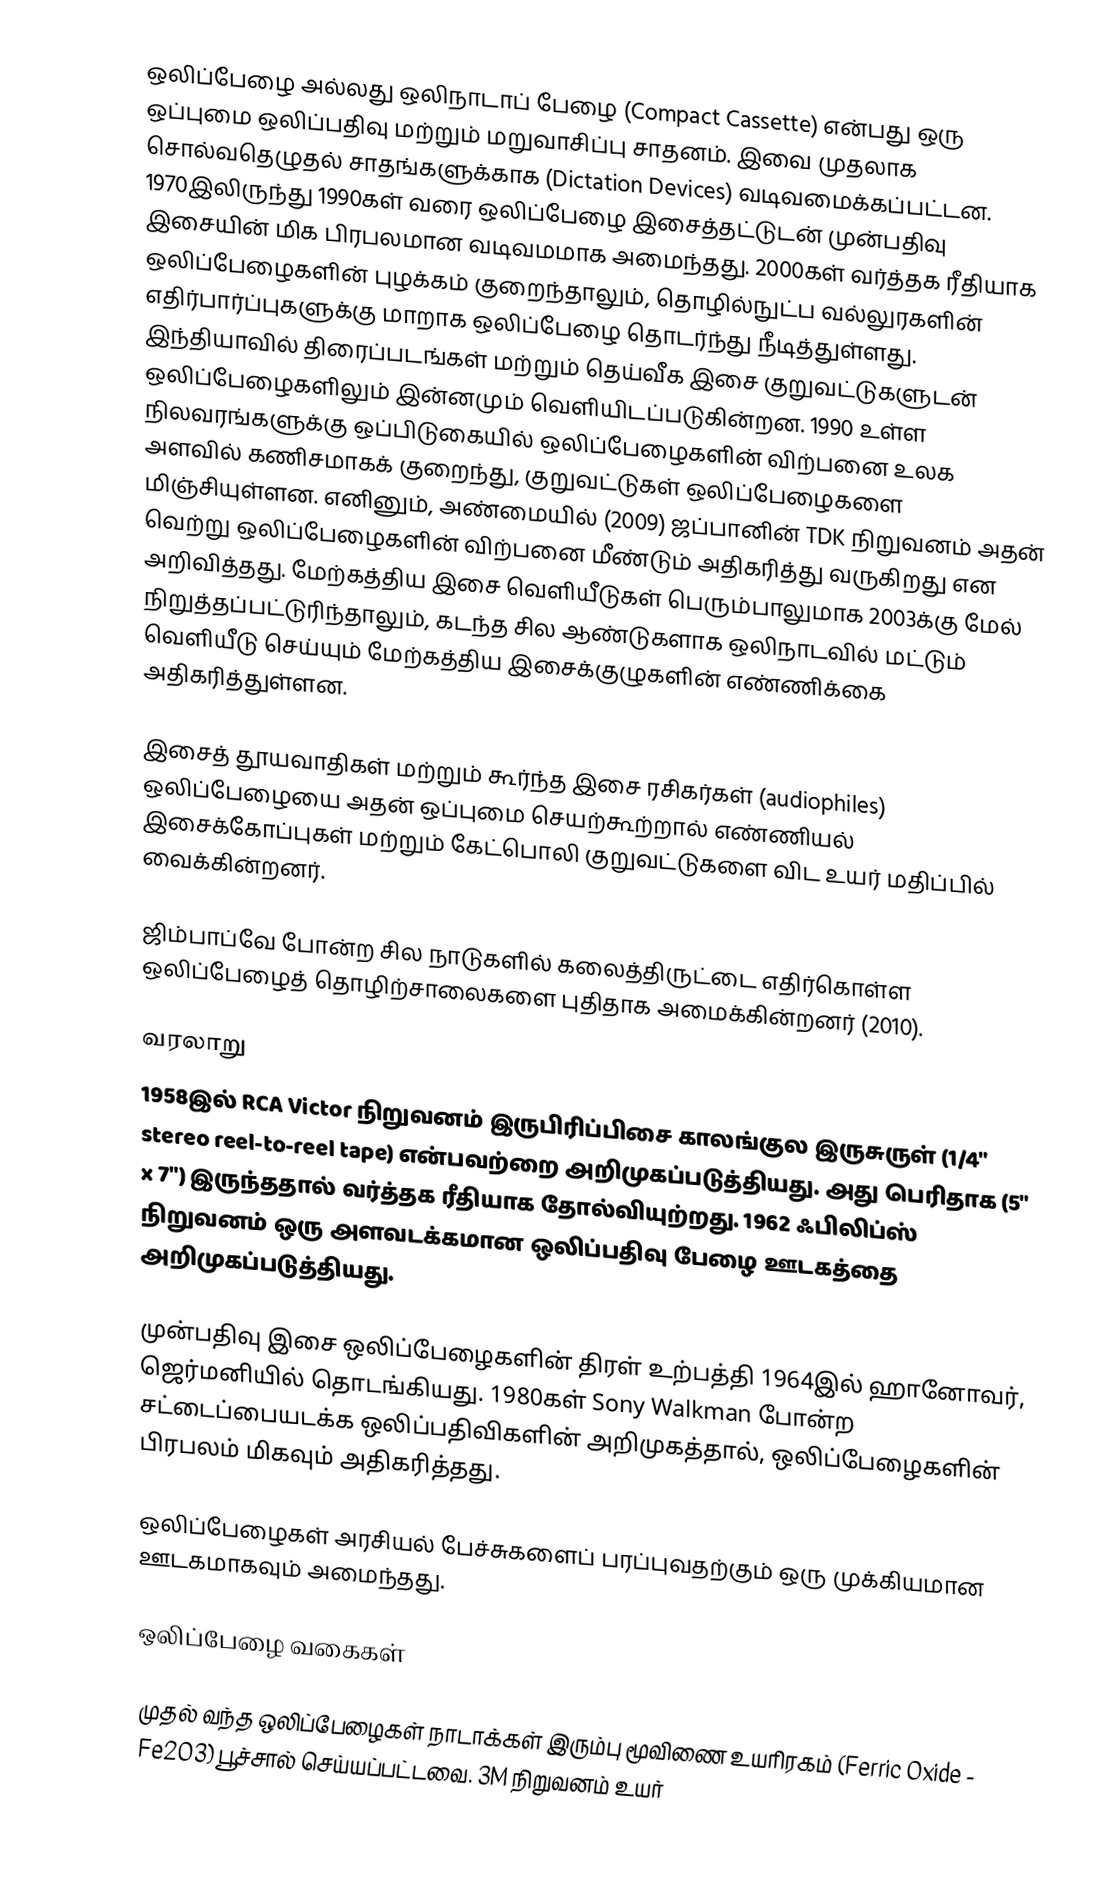
ஒலிப்பேழை அல்லது ஒலிநாடாப் பேழை (Compact Cassette) என்பது ஒரு ஒப்புமை ஒலிப்பதிவு மற்றும் மறுவாசிப்பு சாதனம். இவை முதலாக சொல்வதெழுதல் சாதங்களுக்காக (Dictation Devices) வடிவமைக்கப்பட்டன. 1970இலிருந்து 1990கள் வரை ஒலிப்பேழை இசைத்தட்டுடன் முன்பதிவு இசையின் மிக பிரபலமான வடிவமமாக அமைந்தது. 2000கள் வர்த்தக ரீதியாக ஒலிப்பேழைகளின் புழக்கம் குறைந்தாலும், தொழில்நுட்ப வல்லுரகளின் எதிர்பார்ப்புகளுக்கு மாறாக ஒலிப்பேழை தொடர்ந்து நீடித்துள்ளது. இந்தியாவில் திரைப்படங்கள் மற்றும் தெய்வீக இசை குறுவட்டுகளுடன் ஒலிப்பேழைகளிலும் இன்னமும் வெளியிடப்படுகின்றன. 1990 உள்ள நிலவரங்களுக்கு ஒப்பிடுகையில் ஒலிப்பேழைகளின் விற்பனை உலக அளவில் கணிசமாகக் குறைந்து, குறுவட்டுகள் ஒலிப்பேழைகளை மிஞ்சியுள்ளன. எனினும், அண்மையில் (2009) ஜப்பானின் TDK நிறுவனம் அதன் வெற்று ஒலிப்பேழைகளின் விற்பனை மீண்டும் அதிகரித்து வருகிறது என அறிவித்தது. மேற்கத்திய இசை வெளியீடுகள் பெரும்பாலுமாக 2003க்கு மேல் நிறுத்தப்பட்டுரிந்தாலும், கடந்த சில ஆண்டுகளாக ஒலிநாடவில் மட்டும் வெளியீடு செய்யும் மேற்கத்திய இசைக்குழுகளின் எண்ணிக்கை அதிகரித்துள்ளன.

இசைத் தூயவாதிகள் மற்றும் கூர்ந்த இசை ரசிகர்கள் (audiophiles) ஒலிப்பேழையை அதன் ஒப்புமை செயற்கூற்றால் எண்ணியல் இசைக்கோப்புகள் மற்றும் கேட்பொலி குறுவட்டுகளை விட உயர் மதிப்பில் வைக்கின்றனர்.

ஜிம்பாப்வே போன்ற சில நாடுகளில் கலைத்திருட்டை எதிர்கொள்ள ஒலிப்பேழைத் தொழிற்சாலைகளை புதிதாக அமைக்கின்றனர் (2010).

வரலாறு
1958இல் RCA Victor நிறுவனம் இருபிரிப்பிசை காலங்குல இருசுருள் (1/4" stereo reel-to-reel tape) என்பவற்றை அறிமுகப்படுத்தியது. அது பெரிதாக (5" x 7") இருந்ததால் வர்த்தக ரீதியாக தோல்வியுற்றது. 1962 ஃபிலிப்ஸ் நிறுவனம் ஒரு அளவடக்கமான ஒலிப்பதிவு பேழை ஊடகத்தை அறிமுகப்படுத்தியது.

முன்பதிவு இசை ஒலிப்பேழைகளின் திரள் உற்பத்தி 1964இல் ஹானோவர், ஜெர்மனியில் தொடங்கியது. 1980கள் Sony Walkman போன்ற சட்டைப்பையடக்க ஒலிப்பதிவிகளின் அறிமுகத்தால், ஒலிப்பேழைகளின் பிரபலம் மிகவும் அதிகரித்தது.

ஒலிப்பேழைகள் அரசியல் பேச்சுகளைப் பரப்புவதற்கும் ஒரு முக்கியமான ஊடகமாகவும் அமைந்தது.

ஒலிப்பேழை வகைகள்

முதல் வந்த ஒலிப்பேழைகள் நாடாக்கள் இரும்பு மூவிணை உயரிரகம் (Ferric Oxide - Fe2O3) பூச்சால் செய்யப்பட்டவை. 3M நிறுவனம் உயர்